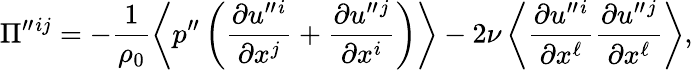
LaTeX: \Pi^{\prime\prime}{}^{ij}=-\frac{1}{\rho_{0}}\left\langle{p^{\prime\prime}\left({\frac{\partial u^{\prime\prime}{}^{i}}{\partial x^{j}}+\frac{\partial u^{\prime\prime}{}^{j}}{\partial x^{i}}}\right)}\right\rangle-2\nu\left\langle{\frac{\partial u^{\prime\prime}{}^{i}}{\partial x^{\ell}}\frac{\partial u^{\prime\prime}{}^{j}}{\partial x^{\ell}}}\right\rangle,